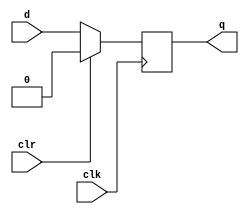
//4-bit-serial-in to parallel -out register practice using D-FF

module df_f(q,d,clk,clr);

output q;
input clk,clr;
input d;

reg q;

always @(posedge clk)
		begin
			if (clr)
				q <= 0;
			else
				q <= d; 
		end 
endmodule

module serial_reg(Q,din,clock,clear);

output [3:0]Q;
input din, clock, clear;

//reg [3:0]Q;

df_f ffa(Q[0],din,clock,clear);
df_f ffb(Q[1],Q[0],clock,clear);
df_f ffc(Q[2],Q[1],clock,clear);
df_f ffd(Q[3],Q[2],clock,clear);


endmodule 

module serial_reg_tb();

wire [3:0]Q;
reg din,clock,clear;

serial_reg s1(Q,din,clock,clear);

initial
	begin
		clock = 1;
		clear = 1;
		din = 0;
		
		#5 clear = 0;
		#5 din = 1;
		#5 din = 0;
		#7 din = 0;
		#9 din = 1'bz;
		#30 $stop;
	end
always
	#5 clock = ~clock;
initial
	$monitor($time, ": clock--%b clear--%b din--%b Q--%b",clock,clear,din,Q);
	

endmodule